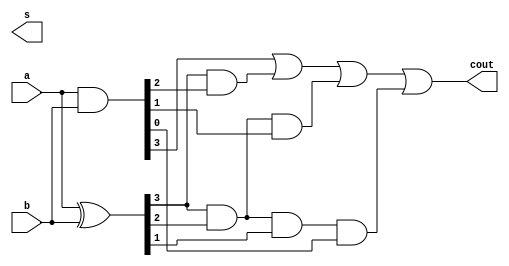
// 4-bit carry lookahead adder
module nadder(input [3:0] a, b, output [3:0] s, output cout);

	// generate and propagate
	wire [3:0] G, P;
	wire [3:0] C;	// carry
	assign G = a & b;
	assign P = a ^ b;
	// 
	assign C[0] = 0;
	assign C[1] = G[0] | (P[0] & C[0]);
	assign C[2] = G[1] | (P[1] & G[0]) | (P[1] & P[0] & C[0]);
	assign C[3] = G[2] | (P[2] & G[1]) | (P[2] & P[1] & G[0]) | (P[2] & P[1] & P[0] & C[0]);
	assign cout = G[3] | (P[3] & G[2]) | (P[3] & P[2] & G[1]) | (P[3] & P[2] & P[1] & G[0]) | (P[3] & P[2] & P[1] & P[0] & C[0]);
	//
	assign S = P ^ C;

endmodule